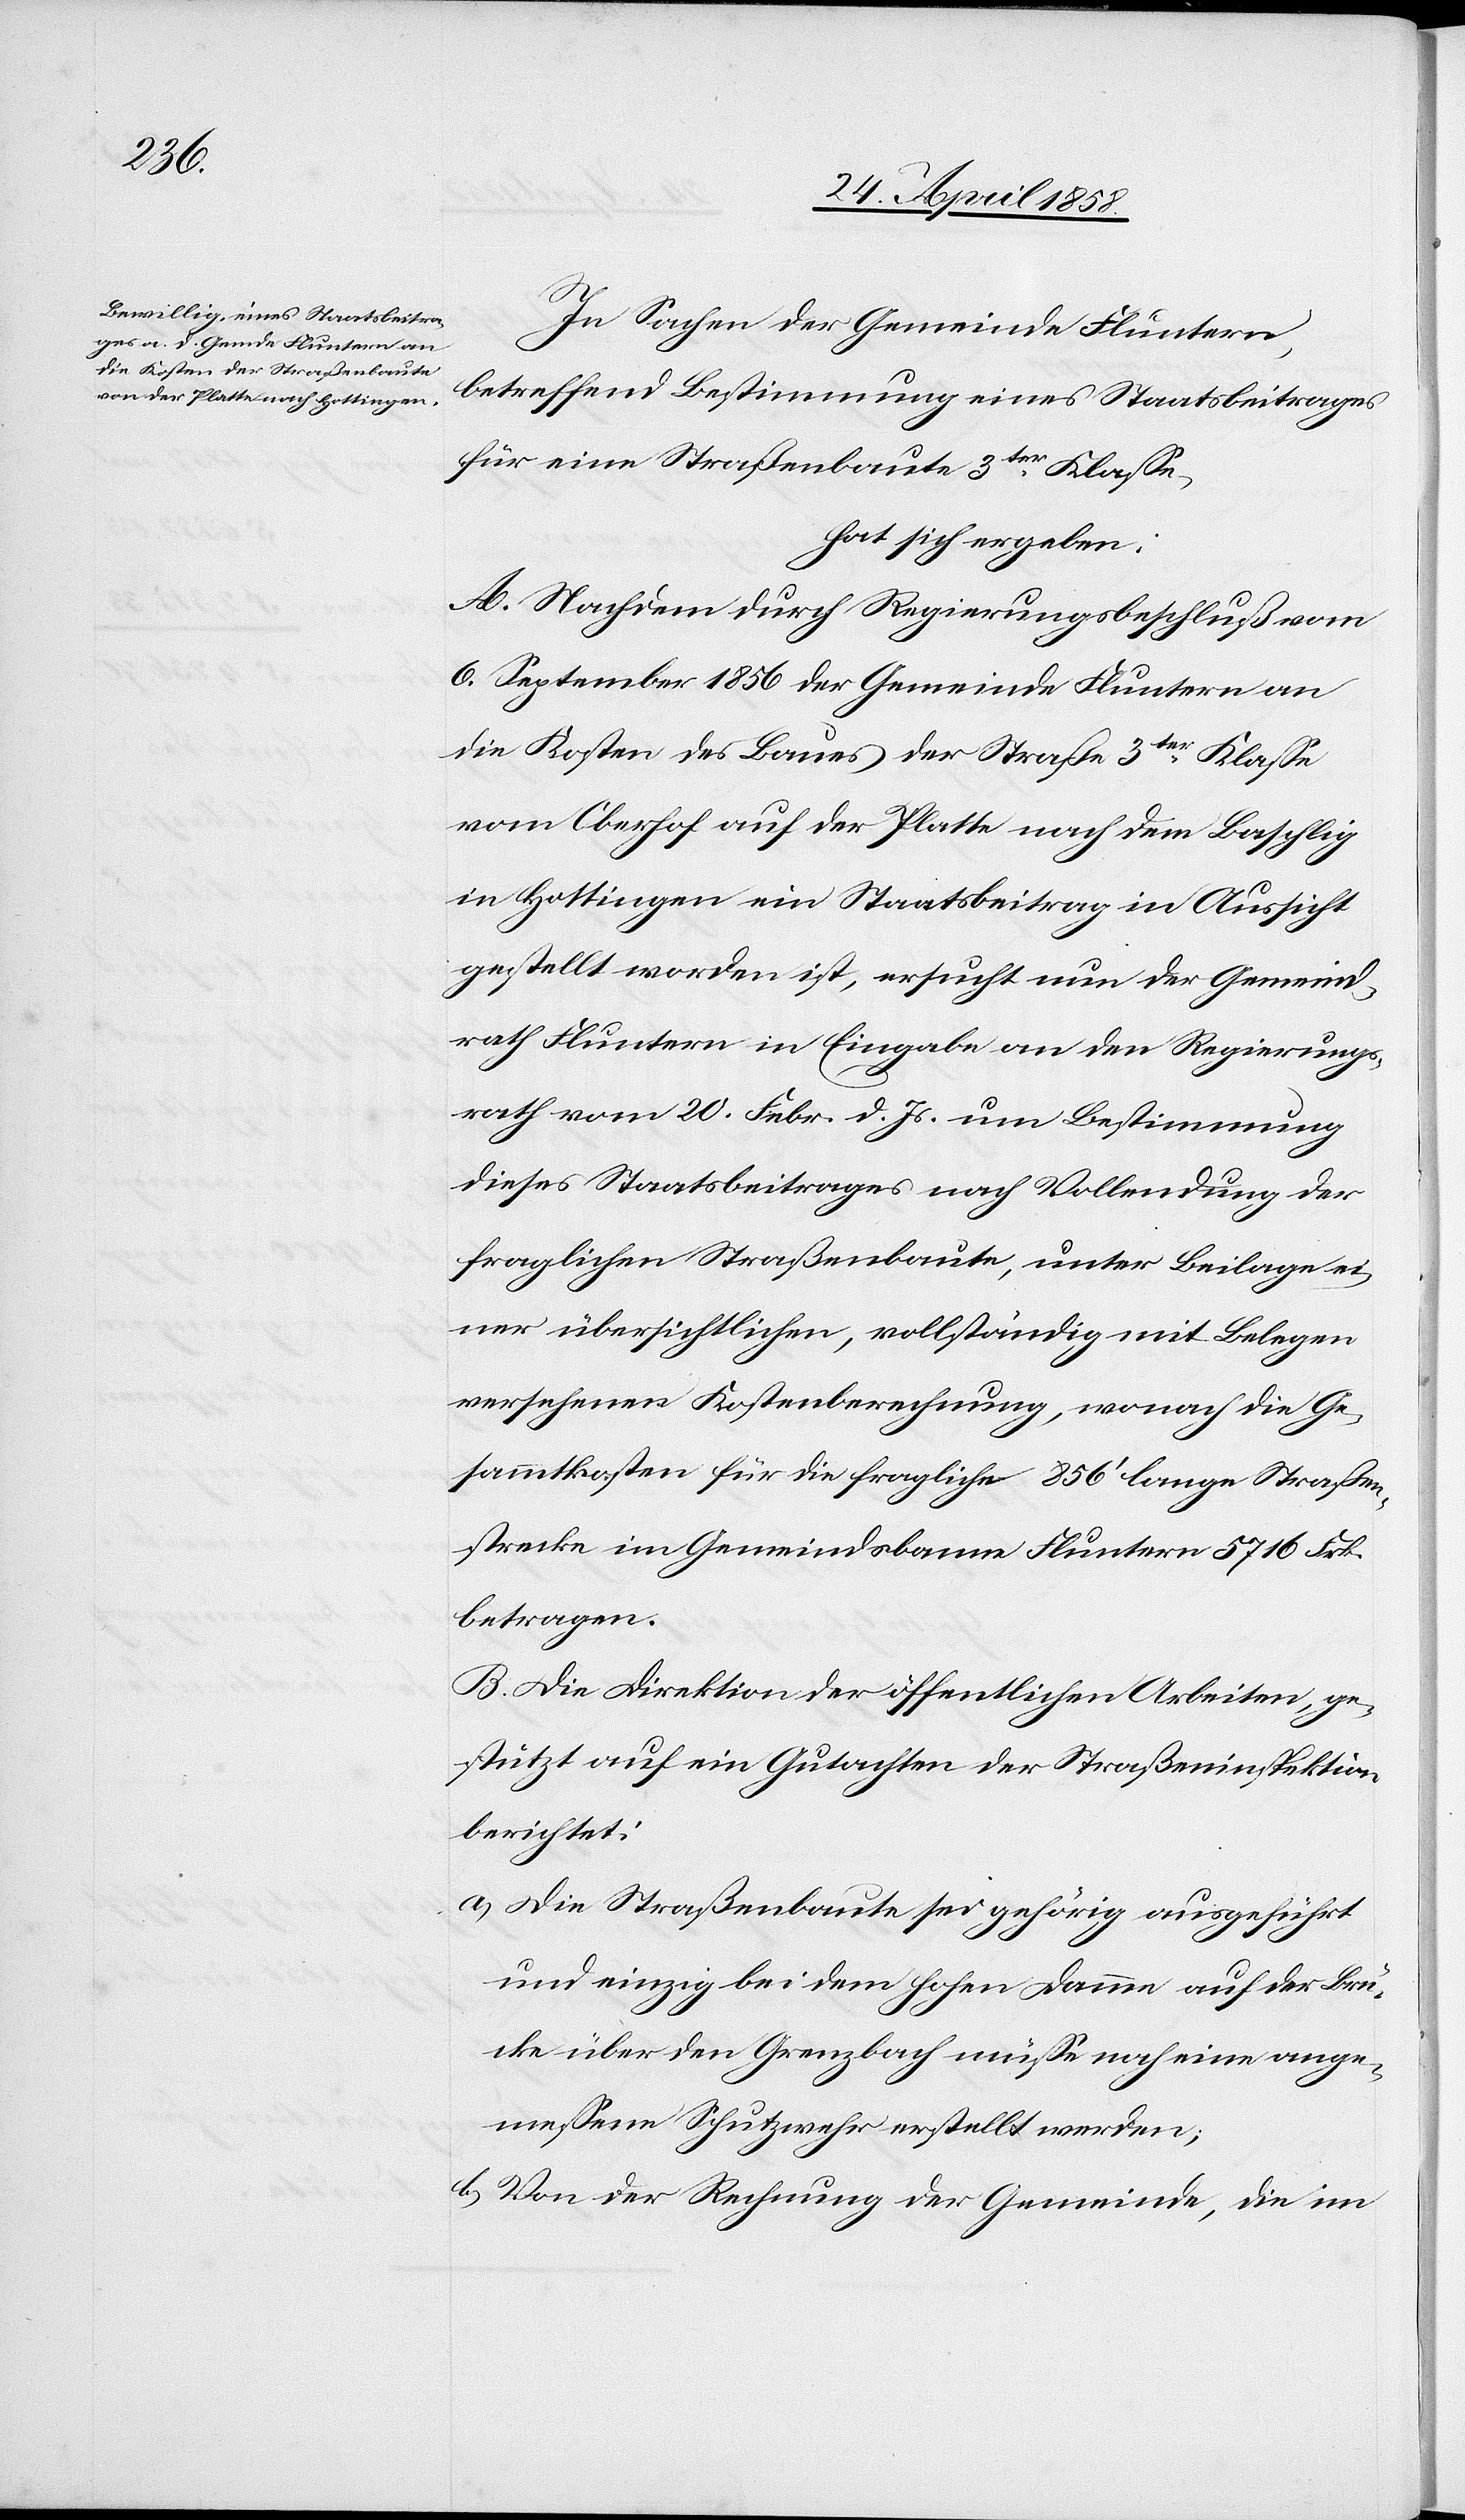
In Sachen der Gemeinde Fluntern,
betreffend Bestimmung eines Staatsbeitrages
für eine Straßenbaute 3ter Klasse,
hat sich ergeben:
A. Nachdem durch Regierungsbeschluß vom
6. September 1856 der Gemeinde Fluntern an
die Kosten des Baues der Straße 3ter Klasse
vom Oberhof auf der Platte nach dem Baschlig
in Hottingen ein Staatsbeitrag in Aussicht
gestellt worden ist, ersucht nun der Gemeind¬
rath Fluntern in Eingabe an den Regierungs¬
rath vom 20. Febr. d. Js. um Bestimmung
dieses Staatsbeitrages nach Vollendung der
fraglichen Straßenbaute, unter Beilage ei¬
ner übersichtlichen, vollständig mit Belegen
versehenen Kostenberechnung, wonach die Ge¬
sammtkosten für die fragliche 856’ lange Straßen¬
strecke im Gemeindsbann Fluntern 5716 Frk.
betragen.
B. Die Direktion der öffentlichen Arbeiten, ge¬
stützt auf ein Gutachten der Straßeninspektion
berichtet:
a) Die Straßenbaute sei gehörig ausgeführt
und einzig bei dem hohen Damme auf der Brü¬
cke über den Grenzbach müsse noch eine ange¬
messene Schutzwehr erstellt werden;
b) Von der Rechnung der Gemeinde, die im